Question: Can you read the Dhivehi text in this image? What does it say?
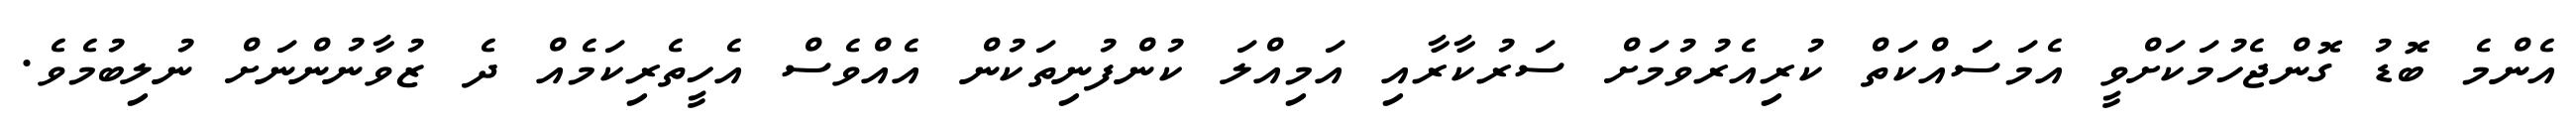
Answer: އެންމެ ބޮޑު ގޮންޖެހުމަކަށްވީ އެމަސަައްކަތް ކުރިއެރުވުމަށް ސަރުކާރާއި އަމިއްލަ ކުންފުނިތަކުން އެއްވެސް އެހީތެރިކަމެއް ދެ ޒުވާނުންނަށް ނުލިބުމެވެ.